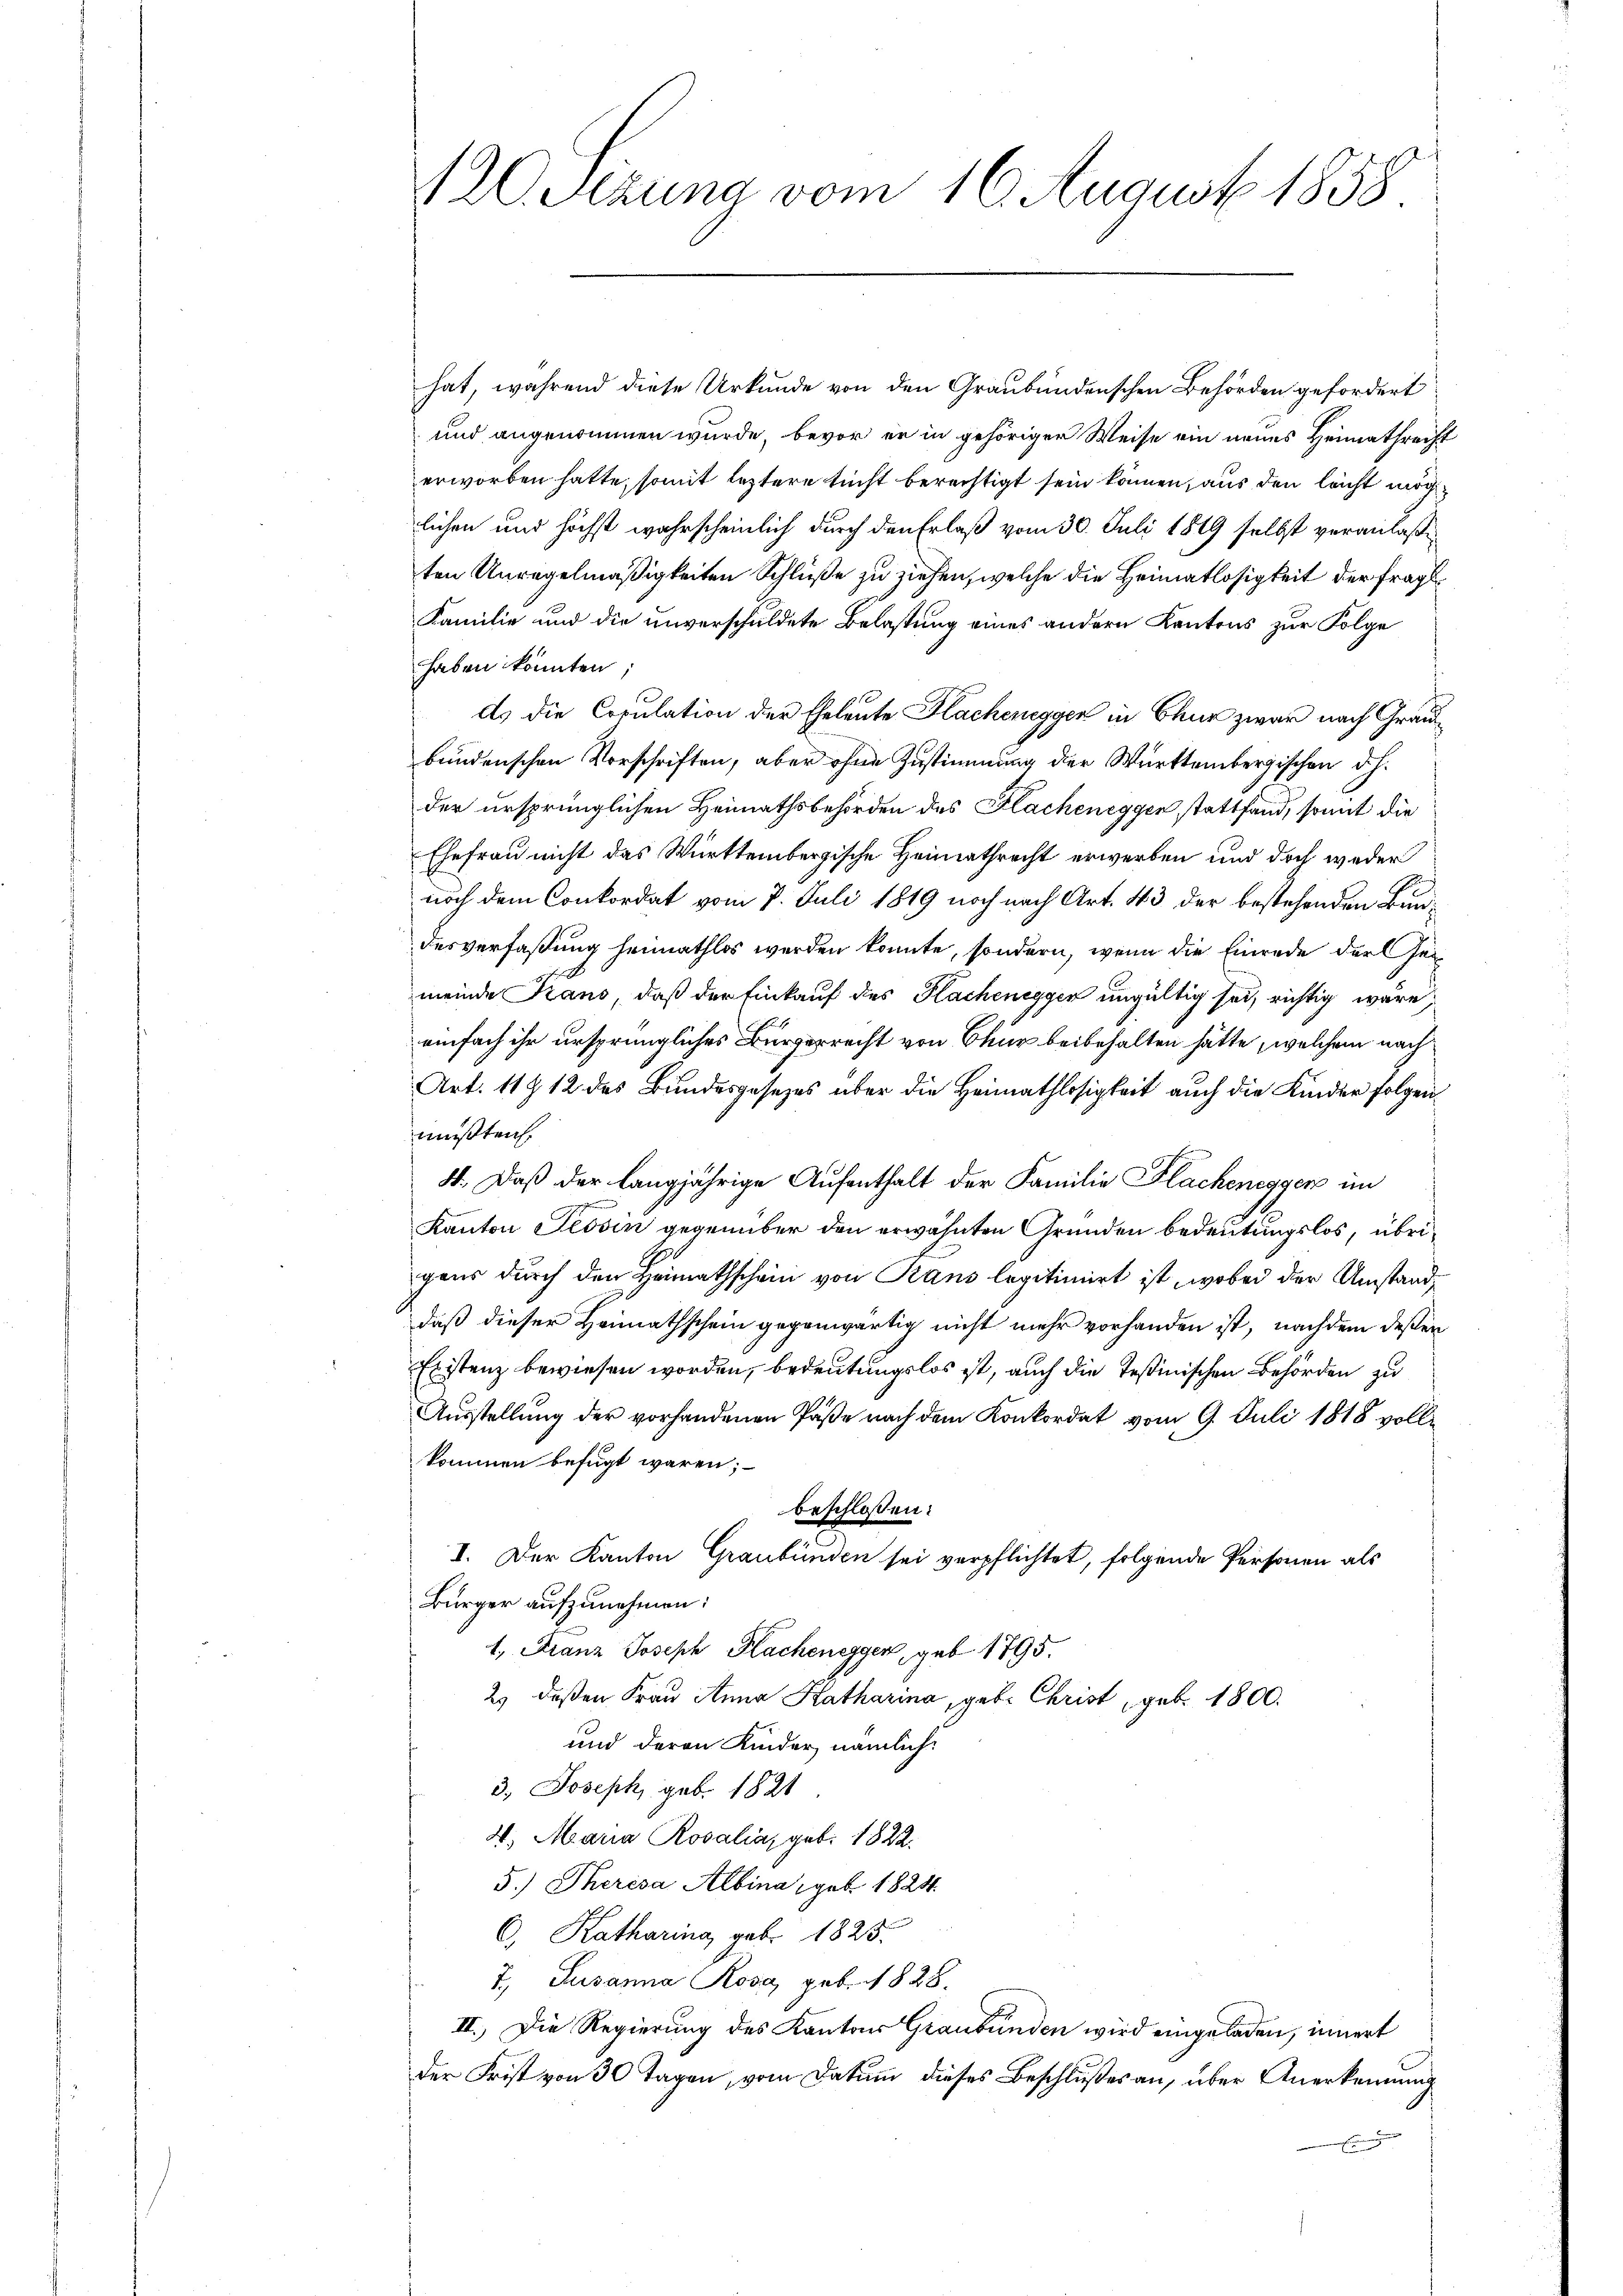
120. Sezung vom 16. August 1858

hat, während diese Urkunde von den Graubündenschen Behörden gefordert
und angenommen wurde, bevor er in gehöriger Weise ein neues Heimathrecht
erworben hatte, somit leztere sicht berechtigt sein können, aus den leicht möglichen und höchst wahrscheinlich durch den Erlaß vom 30. Juli 1849 selbst veranlaßten Unregelmäßigkeiten Schluße zu ziehen, welche die Heimatlosigkeit der fragt.
Familie und die unverschuldete Belastung eines andern Kantons zur Folge
haben könnten;
ds die Copulation der Eheleute Kacheneggen in Chur zwar nach Graubundenschen Vorschriften, aber ohne Zustimmung der Württembergischen d. h.
der ursprünglichen Heimathsbehörden des Hlacheneggen stattfand, somit die
Ehefrau nicht das Württembergische Heimathrecht erwerben und doch weder
noch dem Conkordat vom 7. Juli 1819 noch nach Art. 43 der bestehenden Bundesverfaßung heimathlos werden konnte, sondern, wenn die Einrede der seimeinde Kans, daß der Einkauf des Kachenegger ungültig sei, richtig wäre,
einfach ihr ursprüngliches Bürgerrecht von Chur beibehalten hätte, welchem nach
Art. 11 § 12 des Bundesgesezes über die Heimathlosigkeit auch die Kinder folgen
mußten
4. Daß der langjährige Aufenthalt der Familie Klacheneggen im
Kanton Tessin gegenüber den erwähnten Gründen bedeutungslos, übrigens durch den Heimathschein von Rans legitimirt ist, wobei der Umstanddaß dieser Heimathschein gegenwärtig nicht mehr vorhanden ist, nachdem deßen
Existenz bewiesen worden, bedeutungslos ist, auch die Teßinischen Behörden zu
Ausstellung der vorhandenen Paße nach dem Konkordat vom 9. Juli 1818 vollkommen befugt waren;
beschlossen:
I. Der Kanton Graubünden sei verpflichtet, folgende Personen als
Bürger aufzunehmen:
1., Franz Joseph Flachenegger, geb. 1795.
2) deßen Frau Anna Katharina, geb. Christ, geb. 1800.
und daran Kinder nämlich:
3. Joseph, geb. 1821
4. Maria Rosalia, geb. 1822.
5.) Theresa Albina geb. 1824
C. Katharina, geb. 1825.
7., Susanna Rosa, geb. 1828.
II. Die Regierung des Kantons Graubünden wird eingeladen, innert
der Frist von 30 Tagen, vom Datum dieses Beschlußes an, über Anerkennung
g